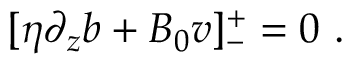
[ \eta \partial _ { z } b + B _ { 0 } v ] _ { - } ^ { + } = 0 ~ .